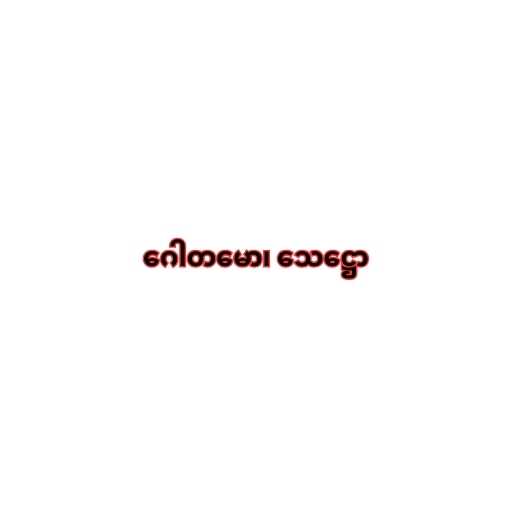
ဂေါတမော၊ သေဋ္ဌော